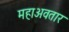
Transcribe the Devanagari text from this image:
महाअवतार